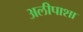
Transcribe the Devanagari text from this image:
अलीपाशा